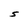
Character: S